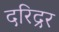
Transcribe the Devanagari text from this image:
दरिद्रर